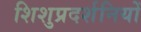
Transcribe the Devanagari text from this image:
शिशुप्रदर्शनियों